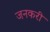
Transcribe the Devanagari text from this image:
जनकरी